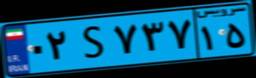
۹۲S۳۰۱۹۵